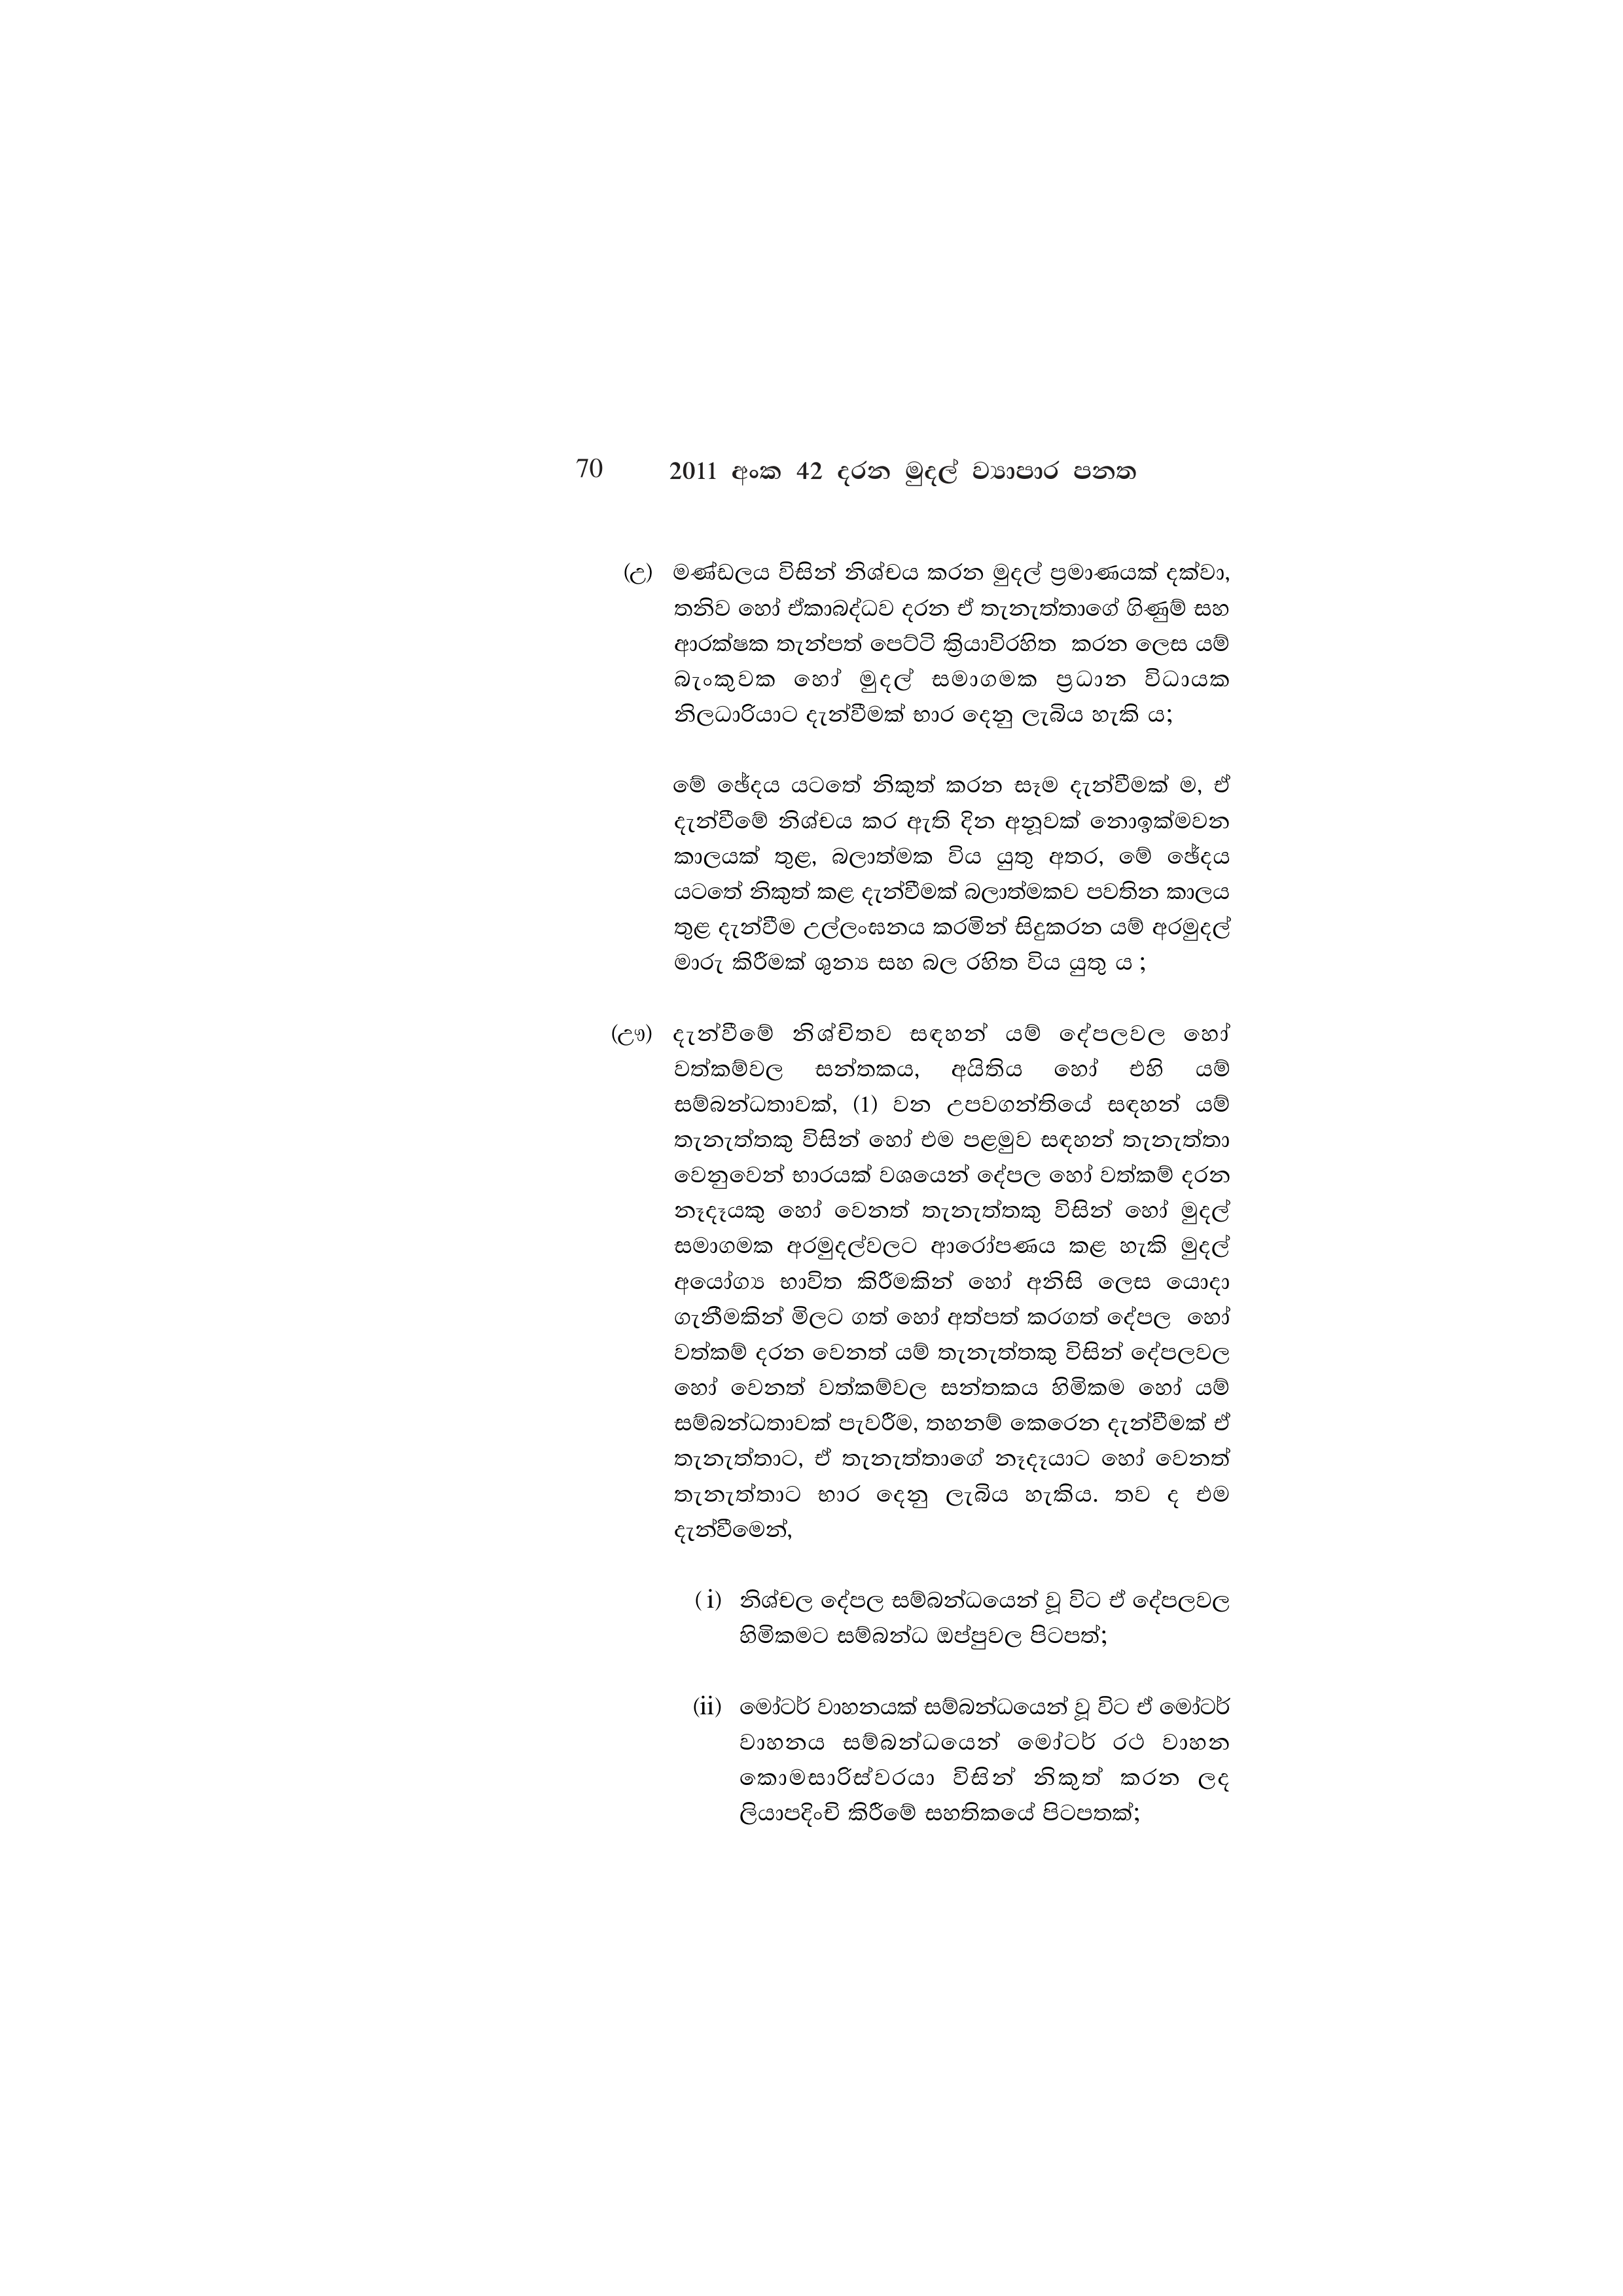
70 2011 අංක 42 දරන මුදල් ව්‍යාපාර පනත

(උ) මණ්ඩලය විසින් නිශ්චය කරන මුදල් ප්‍රමාණයක් දක්වා,
තනිව හෝ ඒකාබද්ධව දරන ඒ තැනැත්තාගේ ගිණුම් සහ
ආරක්ෂක තැන්පත් පෙට්ටි ක්‍රියාවිරහිත කරන ලෙස යම්
බැංකුවක හෝ මුදල් සමාගමක ප්‍රධාන විධායක
නිලධාරියාට දැන්වීමක් භාර දෙනු ලැබිය හැකි ය;

මේ ඡේදය යටතේ නිකුත් කරන සෑම දැන්වීමක් ම, ඒ
දැන්වීමේ නිශ්චය කර ඇති දින අනූවක් නොඉක්මවන
කාලයක් තුළ, බලාත්මක විය යුතු අතර, මේ ඡේදය
යටතේ නිකුත් කළ දැන්වීමක් බලාත්මකව පවතින කාලය
තුළ දැන්වීම උල්ලංඝනය කරමින් සිදුකරන යම් අරමුදල්
මාරු කිරීමක් ශුන්‍ය සහ බල රහිත විය යුතු ය ;

(ඌ) දැන්වීමේ නිශ්චිතව සඳහන් යම් දේපලවල හෝ
වත්කම්වල සන්තකය, අයිතිය හෝ එහි යම්
සම්බන්ධතාවක්, (1) වන උපවගන්තියේ සඳහන් යම්
තැනැත්තකු විසින් හෝ එම පළමුව සඳහන් තැනැත්තා
වෙනුවෙන් භාරයක් වශයෙන් දේපල හෝ වත්කම් දරන
නෑදෑයකු හෝ වෙනත් තැනැත්තකු විසින් හෝ මුදල්
සමාගමක අරමුදල්වලට ආරෝපණය කළ හැකි මුදල්
අයෝග්‍ය භාවිත කිරීමකින් හෝ අනිසි ලෙස යොදා
ගැනීමකින් මිලට ගත් හෝ අත්පත් කරගත් දේපල හෝ
වත්කම් දරන වෙනත් යම් තැනැත්තකු විසින් දේපලවල
හෝ වෙනත් වත්කම්වල සන්තකය හිමිකම හෝ යම්
සම්බන්ධතාවක් පැවරීම, තහනම් කෙරෙන දැන්වීමක් ඒ
තැනැත්තාට, ඒ තැනැත්තාගේ නෑදෑයාට හෝ වෙනත්
තැනැත්තාට භාර දෙනු ලැබිය හැකිය. තව ද එම
දැන්වීමෙන්,

(i) නිශ්චල දේපල සම්බන්ධයෙන් වූ විට ඒ දේපලවල
හිමිකමට සම්බන්ධ ඔප්පුවල පිටපත්;

(ii) මෝටර් වාහනයක් සම්බන්ධයෙන් වූ විට ඒ මෝටර්
වාහනය සම්බන්ධයෙන් මෝටර් රථ වාහන
කොමසාරිස්වරයා විසින් නිකුත් කරන ලද
ලියාපදිංචි කිරීමේ සහතිකයේ පිටපතක්;